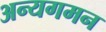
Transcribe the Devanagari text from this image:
अन्यगमन